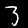
Digit: 3